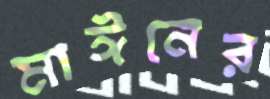
মাঈনের